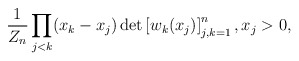
\begin{align*} \frac{1}{Z_n} \prod_{j<k} (x_k-x_j) \det \left[ w_k(x_j) \right]_{j,k=1}^n, x_j > 0, \end{align*}